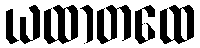
ယထာတထေ